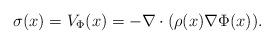
LaTeX: \begin{align*} \sigma(x)=V_{\Phi}(x)=-\nabla\cdot(\rho(x)\nabla \Phi(x)). \end{align*}